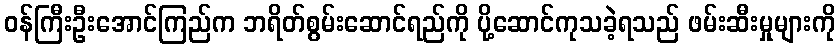
ဝန်ကြီးဦးအောင်ကြည်က ဘရိတ်စွမ်းဆောင်ရည်ကို ပို့ဆောင်ကုသခဲ့ရသည် ဖမ်းဆီးမှုများကို